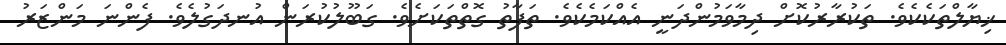
ޚިޔާލްތަކެކެވެ. ތަކުރާރުކޮށް ދިމާވަމުންދަނީ އެއްކަމެކެވެ. ތަފާތު ގޮތްތަކަށެވެ. ގަބޫލުކުރަން އުނދަގުލެވެ. ފެންނަ މަންޒަރު